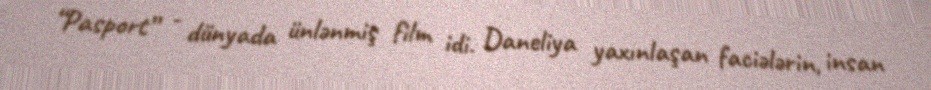
“Pasport” - dünyada ünlənmiş film idi. Daneliya yaxınlaşan faciələrin, insan